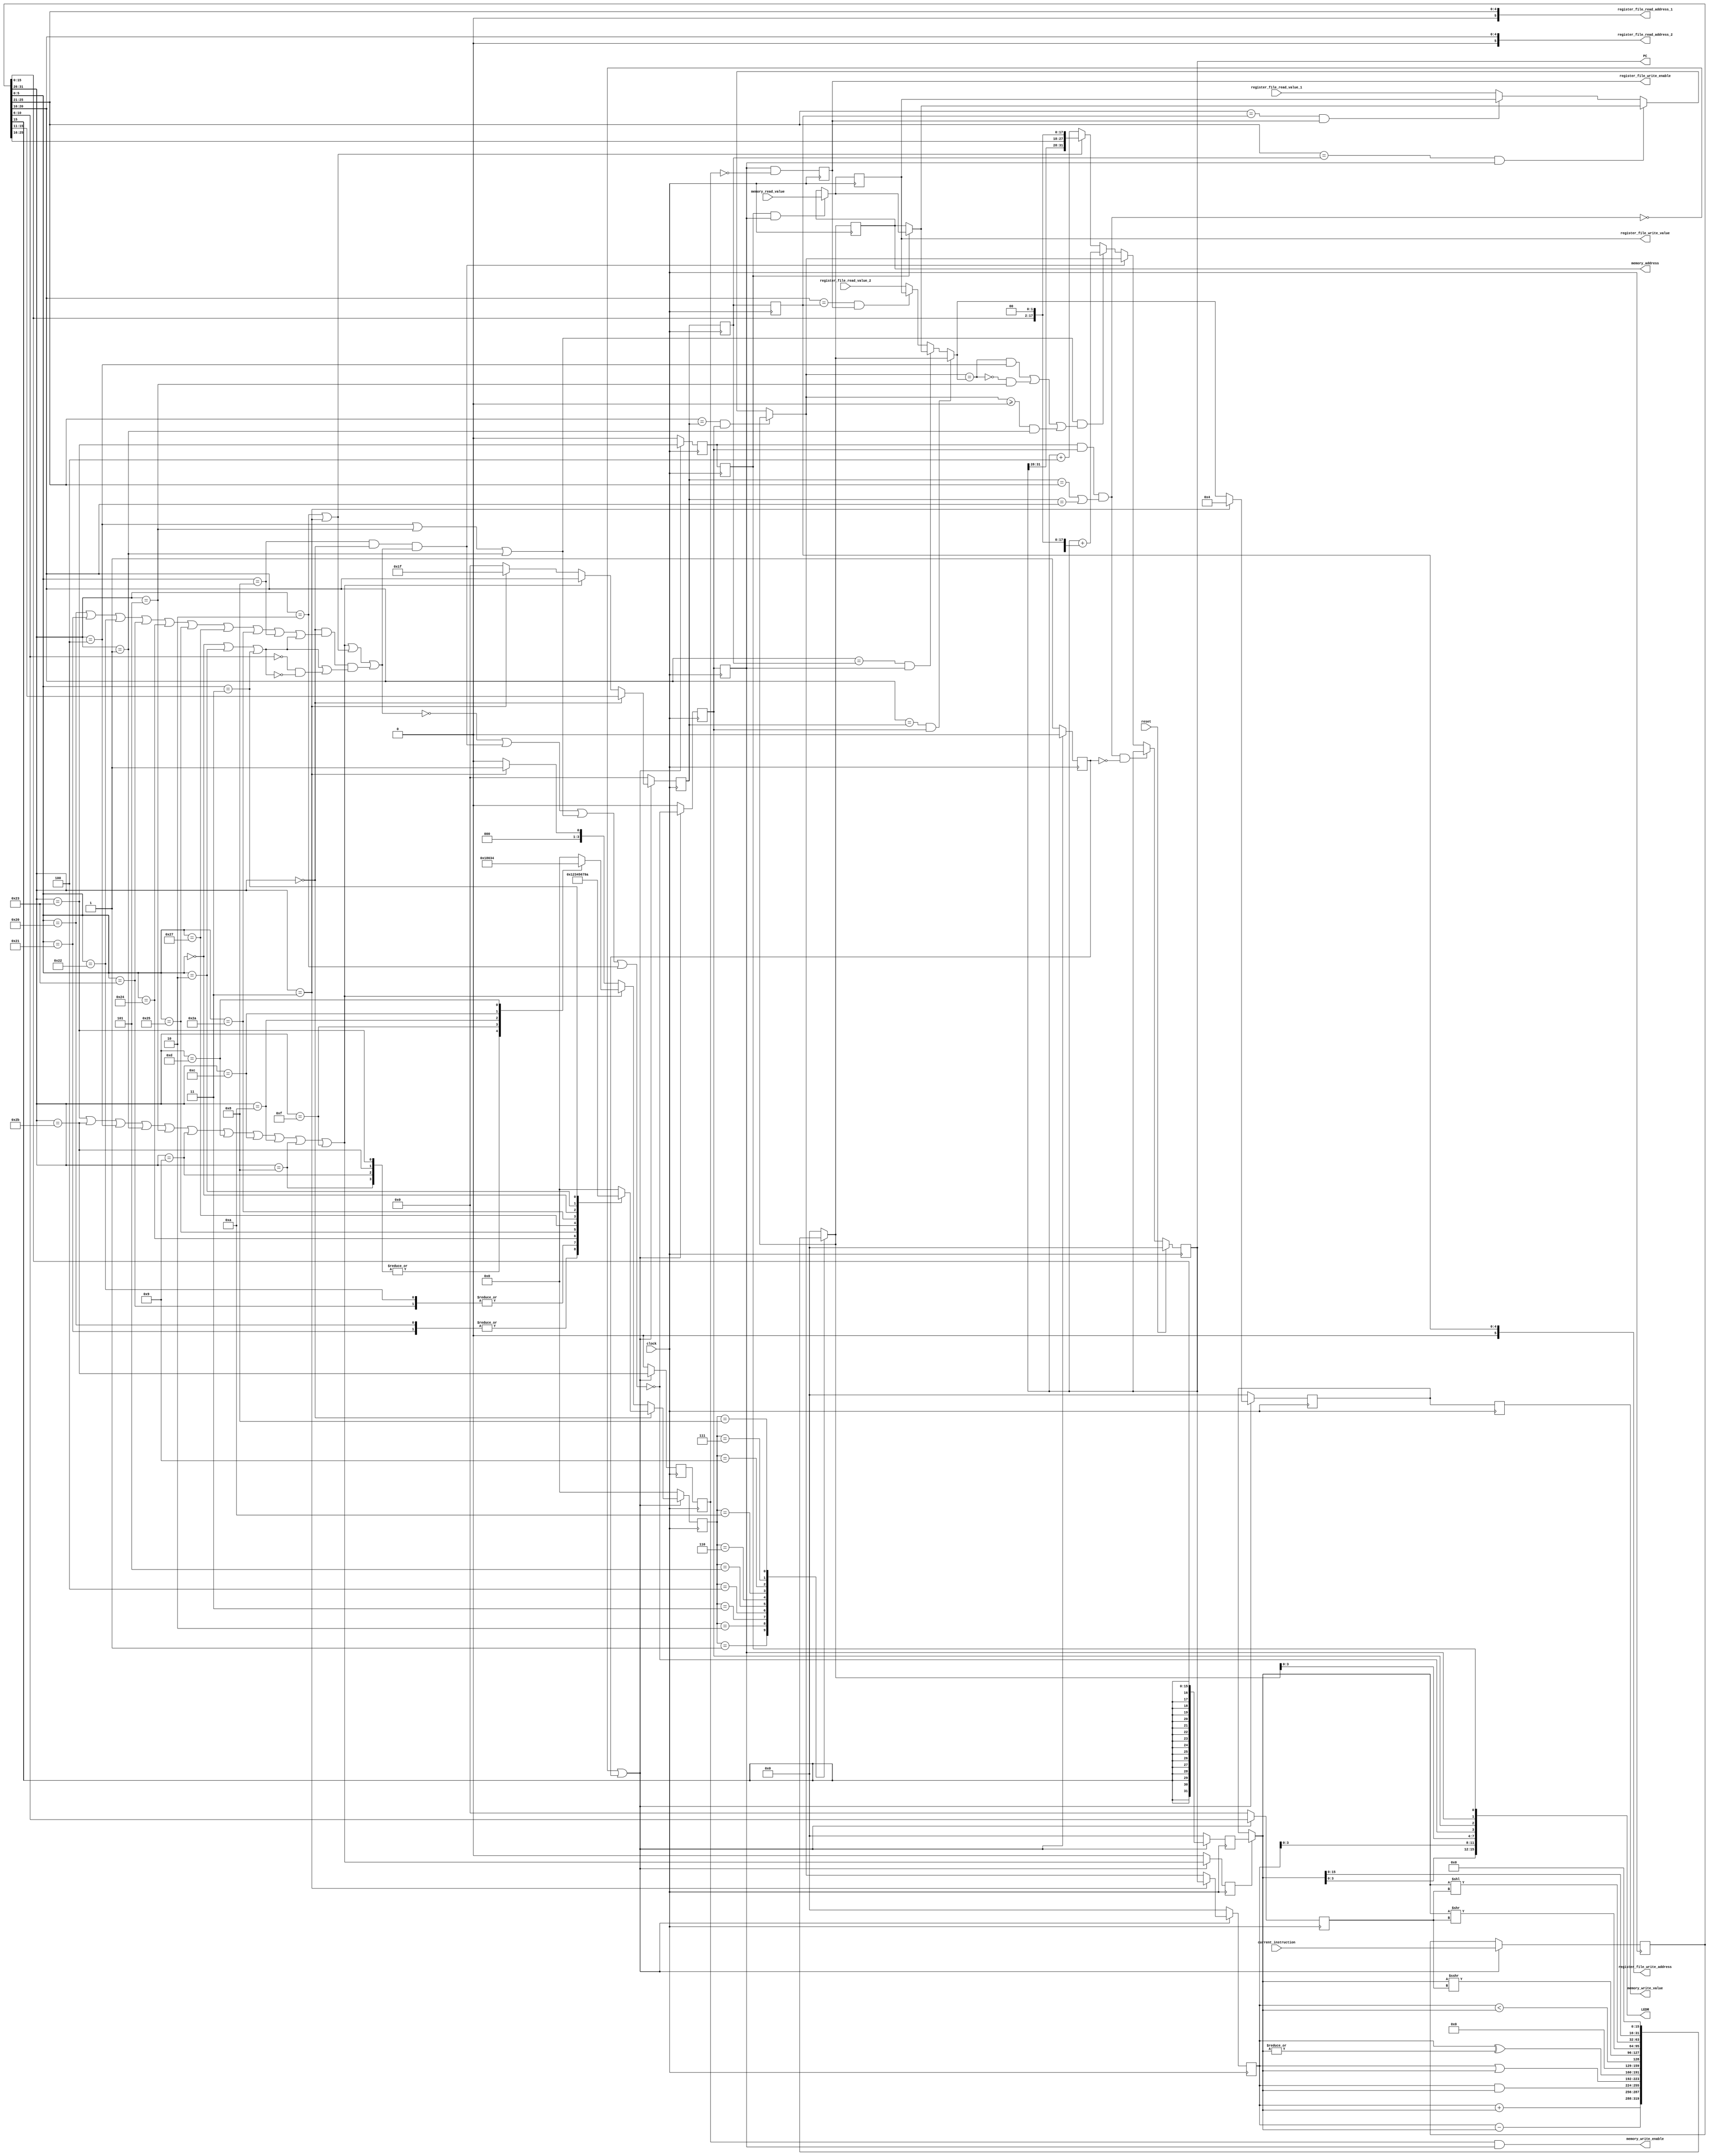
module processor (

  input clock,
  input reset,
  
  /* pc */
  output reg [31:0] PC,
  input [31:0] current_instruction,

  /* register file */
  output [5:0] register_file_read_address_1,
  output [5:0] register_file_read_address_2,
  output [31:0] register_file_write_value,
  output [5:0] register_file_write_address,
  output register_file_write_enable,
  input [31:0] register_file_read_value_1,
  input [31:0] register_file_read_value_2,

  /* memory */
  output [31:0] memory_address,
  input [31:0] memory_read_value,
  output [31:0] memory_write_value,
  output memory_write_enable,

  output [17:0] LEDR

) ;

  /***************/
  /* FETCH STAGE */
  /***************/

  /* update clock */
  always @(posedge clock)
  begin
    if (reset)
      PC <= 0 ;
    else if (stall && !stalled)
      ; /* do nothing */
    else if (jr_decode)
      PC <= read_value_1_decode ;
    else if (branch_decode && branch_taken_decode)
      PC <= PC + branch_address_decode ;
    else if (j_type_decode)
      PC <= jump_address_decode ;
    else
      PC <= PC + 4 ;
  end

  /* fetch_decode pipeline registers */
  reg [31:0] fetch_decode_instruction ;
  reg stalled ;

  /* latch instruction coming out of instruction memory */
  always @(posedge clock)
  begin
    if (!stall || stalled)
    begin
      fetch_decode_instruction <= current_instruction ;
      /* only stall for one cycle at most */
      stalled <= 0 ;
    end
    else
      stalled <= 1 ;
  end


  /****************/
  /* DECODE STAGE */
  /****************/

  wire [5:0] opcode_decode ;
  wire [4:0] rs_decode ;
  wire [4:0] rt_decode ;
  wire [4:0] rd_decode ;
  wire [4:0] shamt_decode ;
  wire [5:0] funct_decode ;
  wire [15:0] immediate_decode ;
  wire r_type_decode ;
  wire i_type_decode ;
  wire funct_valid_decode ;
  wire shamt_valid_decode ;
  
  reg [4:0] read_address_1_decode ;
  reg [4:0] read_address_2_decode ;
  reg [4:0] write_address_decode ;

  /* R format */
  assign opcode_decode = fetch_decode_instruction[31:26] ;
  assign rs_decode = fetch_decode_instruction[25:21] ;
  assign rt_decode = fetch_decode_instruction[20:16] ;
  assign rd_decode = fetch_decode_instruction[15:11] ;
  assign shamt_decode = fetch_decode_instruction[10:6] ;
  assign funct_decode = fetch_decode_instruction[5:0] ;

  /* I format exclusive */
  assign immediate_decode = fetch_decode_instruction[15:0] ;

  /* J format exclusive */
  wire [25:0] address_decode ;
  assign address_decode = fetch_decode_instruction[25:0] ;

  /* sign extend immediate number */
  wire [31:0] immediate_sign_extend_decode ;
  assign immediate_sign_extend_decode = 
    { {16{immediate_decode[15]}}, immediate_decode } ;

  /* create branch address from immediate number */
  wire [31:0] branch_address_decode ;
  assign branch_address_decode = 
    { {14{immediate_decode[15]}}, immediate_decode, 2'b0 } ;

  /* creat jump address from address */
  wire [31:0] jump_address_decode ;
  assign jump_address_decode = 
    { {PC[31:28], address_decode, 2'b0 } } ;

  `define LW 6'h23
  `define SW 6'h2b
  `define BEQ 6'h4
  `define BGEZ 6'h1
  `define BNE 6'h5
  `define ADDIU 6'h9 
  `define ORI 6'hd 
  `define ANDI 6'hc 
  `define SLTI 6'ha 
  `define ADDI 6'h8 
  `define LUI 6'hf 
  /* assign instruction type */
  assign r_type_decode = opcode_decode == 6'h0 ;
  assign i_type_decode = 
    opcode_decode == `LW ||
    opcode_decode == `SW ||
    opcode_decode == `BEQ ||
    opcode_decode == `BGEZ ||
    opcode_decode == `BNE ||
    opcode_decode == `ADDIU ||
    opcode_decode == `ORI ||
    opcode_decode == `ANDI ||
    opcode_decode == `SLTI ||
    opcode_decode == `ADDI ||
    opcode_decode == `LUI ;

  `define J 6'h2
  `define JAL 6'h3
  wire j_type_decode ;
  assign j_type_decode = opcode_decode == `J ||
    opcode_decode == `JAL ;

  `define SLL 6'h00 
  `define SRL 6'h02 
  `define SRA 6'h03 
  wire shift_funct_decode ;
  assign shift_funct_decode = 
    funct_decode == `SLL ||
    funct_decode == `SRL ||
    funct_decode == `SRA ;

  `define ADD 6'h20 
  `define ADDU 6'h21 
  `define SUB 6'h22 
  `define SUBU 6'h23 
  `define AND 6'h24 
  `define OR 6'h25 
  `define NOR 6'h27 
  `define SLT 6'h2a 
  `define JR 6'h08 
  assign funct_valid_decode = 
    funct_decode == `ADD ||
    funct_decode == `ADDU ||
    funct_decode == `SUB ||
    funct_decode == `SUBU ||
    funct_decode == `AND ||
    funct_decode == `OR ||
    funct_decode == `NOR ||
    funct_decode == `SLT ||
    funct_decode == `JR ||
    shift_funct_decode ;

  assign shamt_valid_decode = shift_funct_decode || 
    (!shamt_decode && !shift_funct_decode) ;

  /* check to see if instruction is valid */
  wire valid_decode ;
  assign valid_decode = i_type_decode || j_type_decode ||
        (r_type_decode && funct_valid_decode && shamt_valid_decode) ;

  `define ZERO 4'h0 
  `define ADD_OP 4'h1 
  `define SUB_OP 4'h2 
  `define AND_OP 4'h3 
  `define OR_OP 4'h4 
  `define NOR_OP 4'h5 
  `define LESS_THAN_OP 4'h6 
  `define LOGICAL_SHIFT_LEFT_OP 4'h7 
  `define LOGICAL_SHIFT_LEFT_16_OP 4'h8 
  `define LOGICAL_SHIFT_RIGHT_OP 4'h9 
  `define ARITHMETIC_SHIFT_RIGHT_OP 4'ha 

  /* decode operator */
  reg [3:0] op_decode ;

  always @(*)
  begin
    if (r_type_decode)
    begin
      case (funct_decode)
      `ADD: op_decode <= `ADD_OP ;
      `ADDU: op_decode <= `ADD_OP ;
      `SUB: op_decode <= `SUB_OP ;
      `SUBU: op_decode <= `SUB_OP ;
      `AND: op_decode <= `AND_OP ;
      `OR: op_decode <= `OR_OP ;
      `NOR: op_decode <= `NOR_OP ;
      `SLT: op_decode <= `LESS_THAN_OP ;
      `SLL: op_decode <= `LOGICAL_SHIFT_LEFT_OP ;
      `SRL: op_decode <= `LOGICAL_SHIFT_RIGHT_OP ;
      `SRA: op_decode <= `ARITHMETIC_SHIFT_RIGHT_OP ;
      default: op_decode <= `ZERO ;
      endcase
    end
    else if (i_type_decode)
    begin 
      case (opcode_decode)
      `ADDIU: op_decode <= `ADD_OP ;
      `ADDI: op_decode <= `ADD_OP ;
      `LW: op_decode <= `ADD_OP ;
      `SW: op_decode <= `ADD_OP ;
      `LUI: op_decode <= `LOGICAL_SHIFT_LEFT_16_OP ;
      `SLTI: op_decode <= `LESS_THAN_OP ;
      `ANDI: op_decode <= `AND_OP ;
      `ORI: op_decode <= `OR_OP ;
      default: op_decode <= `ZERO ;
      endcase
    end
    else if (jal_decode)
      op_decode <= `ADD_OP ;
    else
      op_decode <= `ZERO ;
  end

  /* load word */
  wire lw_decode ;
  assign lw_decode = opcode_decode == `LW ;

  /* store word */
  wire sw_decode ;
  assign sw_decode = opcode_decode == `SW ;

  /* check instruction to see if the pc will need to be changed */

  /* check if decoding a jr instruction */
  wire jr_decode ;
  assign jr_decode = 
    funct_decode == `JR && r_type_decode && valid_decode ;

  /* check if decoding a j instruction */
  wire j_decode ;
  assign j_decode = opcode_decode == `J ;

  /* check if decoding a jal instruction */
  wire jal_decode ;
  assign jal_decode = opcode_decode == `JAL ;

  /* branch equal */
  wire branch_greater_equal_zero_decode ;
  assign branch_greater_equal_zero_decode = opcode_decode == `BGEZ ;

  /* branch equal */
  wire branch_equal_decode ;
  assign branch_equal_decode = opcode_decode == `BEQ ;

  /* branch not equal */
  wire branch_not_equal_decode ;
  assign branch_not_equal_decode = opcode_decode == `BNE ;

  /* check if decoding a branch instruction */
  wire branch_decode ;
  assign branch_decode = branch_equal_decode || branch_not_equal_decode ||
    branch_greater_equal_zero_decode ;

  /* insert bubble if instruction invalid or jr */
  wire bubble_decode ;
  assign bubble_decode = !valid_decode ||
    jr_decode || branch_decode || j_decode ;

  /* assign inputs to register file */
  always @(*)
  begin
    read_address_1_decode <= rs_decode ;
    read_address_2_decode <= rt_decode ;
    if (r_type_decode)
      write_address_decode <= rd_decode ;
    else if (i_type_decode)
      write_address_decode <= rt_decode ;
    else if (jal_decode)
      write_address_decode <= 31 ;
    else
      write_address_decode <= 0 ;
  end

  /* read from register file */
  assign register_file_read_address_1 = read_address_1_decode ;
  assign register_file_read_address_2 = read_address_2_decode ;

  /* forwarding registers */
  reg [31:0] read_value_1_decode ;
  reg [31:0] read_value_2_decode ;

  /* register forwarding */
  always @(*)
  begin

    /* register 1 */
    if (read_address_1_decode == decode_execution_write_address &&
      decode_execution_valid)

      read_value_1_decode <= alu_result_execution ;

    else if (read_address_1_decode == execution_memory_address &&
      execution_memory_valid)

      if (execution_memory_load)
        read_value_1_decode <= value_memory ;
      else
        read_value_1_decode <= execution_memory_value ;

    else if (read_address_1_decode == memory_writeback_address &&
      memory_writeback_valid)

      read_value_1_decode <= memory_writeback_value ;
   
    else

      read_value_1_decode <= register_file_read_value_1 ;

    /* register 2 */
    if (read_address_2_decode == decode_execution_write_address &&
      decode_execution_valid)

      read_value_2_decode <= alu_result_execution ;

    else if (read_address_2_decode == execution_memory_address &&
      execution_memory_valid)

      if (execution_memory_load)
        read_value_2_decode <= value_memory ;
      else
        read_value_2_decode <= execution_memory_value ;

    else if (read_address_2_decode == memory_writeback_address &&
      memory_writeback_valid)

      read_value_2_decode <= memory_writeback_value ;
   
    else

      read_value_2_decode <= register_file_read_value_2 ;

  end

  /* compare decode values to see if they are equal */
  wire zero_decode ;
  assign zero_decode = read_value_1_decode == read_value_2_decode ;

  /* compare rs to zero */
  wire greater_equal_zero_decode ;
  assign greater_equal_zero_decode = read_value_1_decode >= 0 ;

  /* decide whether branch should be taken or not */
  wire branch_taken_decode ;
  assign branch_taken_decode = (zero_decode && branch_equal_decode) || 
    (!zero_decode && branch_not_equal_decode) ||
    (greater_equal_zero_decode && branch_greater_equal_zero_decode) ;

  /* change values if jal */
  reg [31:0] value_1_decode ;
  reg [31:0] value_2_decode ;
  always @(*)
  begin
    if (jal_decode)
    begin
      value_1_decode <= PC ; 
      value_2_decode <= 4 ;
    end
    else
    begin
      value_1_decode <= read_value_1_decode ;
      value_2_decode <= read_value_2_decode ;
    end
  end

  /* decode execution pipeline registers */
  reg [31:0] decode_execution_read_value_1 ;
  reg [31:0] decode_execution_read_value_2 ;
  reg [31:0] decode_execution_immediate ;
  reg [3:0] decode_execution_op ;
  reg [4:0] decode_execution_shamt ;
  reg [4:0] decode_execution_write_address ;
  reg decode_execution_i_type ;
  reg decode_execution_valid ;
  reg decode_execution_load ;
  reg decode_execution_store ;

  always @(posedge clock)
  begin
    if (!stall || stalled)
    begin
      decode_execution_read_value_1 <= value_1_decode ;
      decode_execution_read_value_2 <= value_2_decode ;
      decode_execution_immediate <= immediate_sign_extend_decode ;
      decode_execution_write_address <= write_address_decode ;
      decode_execution_op <= op_decode ;
      decode_execution_shamt <= shamt_decode ;
      decode_execution_i_type <= i_type_decode ;
      decode_execution_valid <= !bubble_decode ;
      decode_execution_load <= lw_decode ;
      decode_execution_store <= sw_decode ;
    end
    else
    begin
      /* clear house */
      decode_execution_read_value_1 <= 0 ;
      decode_execution_read_value_2 <= 0 ;
      decode_execution_immediate <= 0 ;
      decode_execution_write_address <= 0 ;
      decode_execution_op <= 0 ;
      decode_execution_shamt <= 0 ;
      decode_execution_i_type <= 0 ;
      decode_execution_valid <= 0 ;
      decode_execution_load <= 0 ;
      decode_execution_store <= 0 ;
    end
  end

  assign LEDR[3] = !bubble_decode ;
  assign LEDR[2] = decode_execution_valid ;

  /*******************/
  /* EXECUTION STAGE */
  /*******************/

  reg signed [31:0] alu_operand_1_execution ;
  reg signed [31:0] alu_operand_2_execution ;
  reg signed [31:0] alu_result_execution ;

  /* stall if load hazard */
  wire stall ;
  assign stall  = decode_execution_load && decode_execution_valid &&
        (decode_execution_write_address == read_address_1_decode || 
         decode_execution_write_address == read_address_2_decode) ;

  /* operand selection */
  always @(*)
  begin
    alu_operand_1_execution <= decode_execution_read_value_1 ;
    if (decode_execution_i_type)
      alu_operand_2_execution <= decode_execution_immediate ;
    else
      alu_operand_2_execution <= decode_execution_read_value_2 ;
  end

  assign LEDR[7:4] = alu_result_execution ;
  assign LEDR[11:8] = alu_operand_1_execution ;
  assign LEDR[15:12] = alu_operand_2_execution ;

  /* alu operation */
  always @(*)
  begin
    case (decode_execution_op)

    `ADD_OP: alu_result_execution <=
      alu_operand_1_execution + alu_operand_2_execution ;

    `SUB_OP: alu_result_execution <=
      alu_operand_1_execution - alu_operand_2_execution ;

    `AND_OP: alu_result_execution <=
      alu_operand_1_execution & alu_operand_2_execution ;

    `OR_OP: alu_result_execution <=
      alu_operand_1_execution | alu_operand_2_execution ;

    `NOR_OP: alu_result_execution <=
      alu_operand_1_execution ^| alu_operand_2_execution ;

    `LESS_THAN_OP: alu_result_execution <=
      alu_operand_1_execution < alu_operand_2_execution ;

    `ARITHMETIC_SHIFT_RIGHT_OP: alu_result_execution <=
      alu_operand_2_execution >>> decode_execution_shamt ;

    `LOGICAL_SHIFT_RIGHT_OP: alu_result_execution <=
      alu_operand_2_execution >> decode_execution_shamt ;

    `LOGICAL_SHIFT_LEFT_OP: alu_result_execution <=
      alu_operand_2_execution << decode_execution_shamt ;

    `LOGICAL_SHIFT_LEFT_16_OP: alu_result_execution <=
      alu_operand_2_execution << 16 ;

    default: alu_result_execution <= 32'b0 ;
    endcase
  end

  /* execution memory pipeline registers */
  reg [31:0] execution_memory_value ;
  reg [4:0] execution_memory_address ;
  reg [31:0] execution_memory_store_value ;
  reg execution_memory_valid ;
  reg execution_memory_load ;
  reg execution_memory_store ;

  always @(posedge clock)
  begin
    execution_memory_value <= alu_result_execution ;
    execution_memory_address <= decode_execution_write_address ;
    execution_memory_valid <= decode_execution_valid ;
    execution_memory_load <= decode_execution_load ;
    execution_memory_store <= decode_execution_store ;
    execution_memory_store_value <= decode_execution_read_value_2 ;
  end

  /****************/
  /* MEMORY STAGE */
  /****************/

  assign memory_address = execution_memory_value ;

  assign LEDR[0] = execution_memory_load ;
  assign LEDR[1] = execution_memory_valid ;

  /* load value from memory if load instruction */
  reg [31:0] value_memory ;
  always @(*)
  begin
    if (execution_memory_load && execution_memory_valid)
      value_memory <= memory_read_value ;
    else
      value_memory <= execution_memory_value ;
  end

  /* store value into memory if store instruction */
  assign memory_write_value = execution_memory_store_value ;

  assign memory_write_enable =
    execution_memory_store && execution_memory_valid ;
      

  reg [31:0] memory_writeback_value ;
  reg [4:0] memory_writeback_address ;
  reg memory_writeback_valid ;

  always @(posedge clock)
  begin
    memory_writeback_value <= value_memory ;
    memory_writeback_address <= execution_memory_address ;
    memory_writeback_valid <= execution_memory_valid &&
      !execution_memory_store ;
  end

  /********************/
  /* WRITE BACK STAGE */
  /********************/
  
  assign register_file_write_value = memory_writeback_value ;

  assign register_file_write_address = memory_writeback_address ;

  assign register_file_write_enable = memory_writeback_valid ;

endmodule